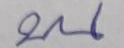
บน